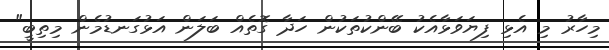
މިހާރު މި އެޅި ފިޔަވަޅާއެކު ބޭންކުތަކުން ހަދާ ގޮތެއް ބަލަން އަޅުގަނޑުމެން މިތިބީ"